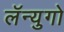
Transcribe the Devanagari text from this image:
लॅन्युगो